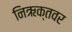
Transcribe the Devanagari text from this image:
निऋक्तवर